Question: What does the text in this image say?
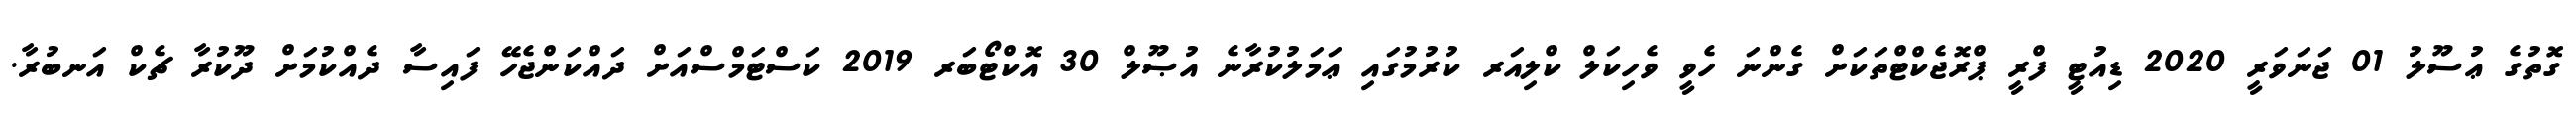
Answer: ގޮތުގެ ޢުސޫލު 01 ޖަނަވަރީ 2020 ޑިއުޓީ ފްރީ ޕްރޮޖެކްޓްތަކަށް ގެންނަ ހެވީ ވެހިކަލް ކްލިއަރ ކުރުމުގައި ޢަމަލުކުރާނެ އުޞޫލް 30 އޮކްޓޯބަރ 2019 ކަސްޓަމްސްއަށް ދައްކަންޖެހޭ ފައިސާ ދެއްކުމަށް ދޫކުރާ ޗެކް އަނބުރާ.